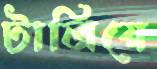
টালিয়ে